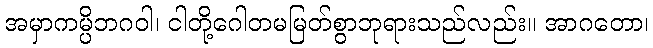
အမှာကမ္ပိဘဂဝါ၊ ငါတို့ဂေါတမမြတ်စွာဘုရားသည်လည်း။ အာဂတော၊